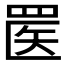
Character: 𬙟